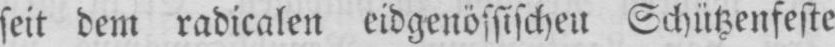
seit dem radicalen eidgenössischen Schützenfeste